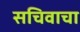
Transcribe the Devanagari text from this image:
सचिवाचा